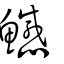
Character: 鱤